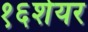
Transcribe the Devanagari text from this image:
१६शेयर